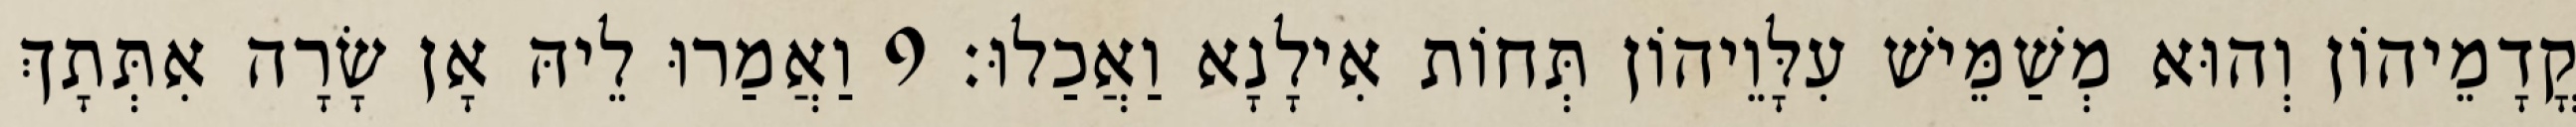
קֳדָמֵיהוֹן וְהוּא מְשַׁמֵּישׁ עִלָּוֵיהוֹן תְּחוֹת אִילָנָא וַאֲכַלוּ׃ 9 וַאֲמַרוּ לֵיהּ אָן שָׂרָה אִתְּתָךְ